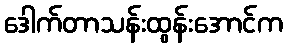
ဒေါက်တာသန်းထွန်းအောင်က